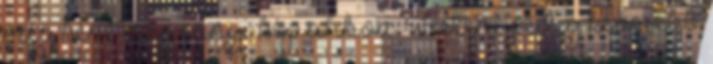
még kéne még ennyi kép ahhoz. Festeni pedig kevesebb